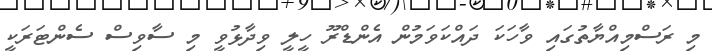
މި ރަސްމިއްޔާތުގައި ވާހަކަ ދައްކަވަމުން އެންޑްރޫ ހީލީ ވިދާޅުވީ މި ސާވިސް ސެންޓަރަކީ